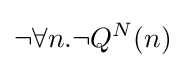
\neg \forall n.\neg Q^{N}(n)